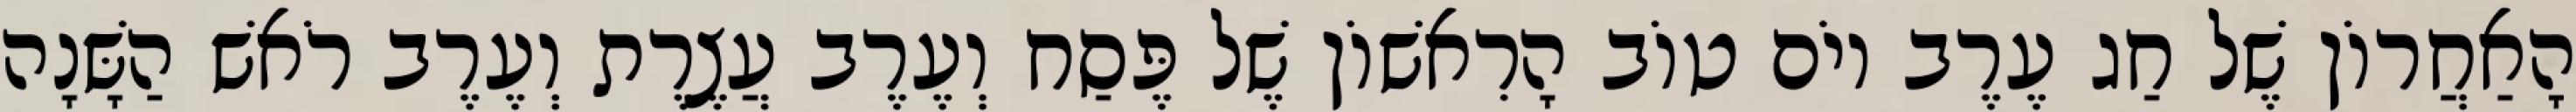
הָאַחֲרוֹן שֶׁל חַג עֶרֶב יוֹם טוֹב הָרִאשׁוֹן שֶׁל פֶּסַח וְעֶרֶב עֲצֶרֶת וְעֶרֶב רֹאשׁ הַשָּׁנָה